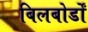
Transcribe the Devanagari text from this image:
बिलबोर्डों